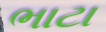
ભાટા